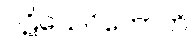
ပဋိသေဝိတောတိ